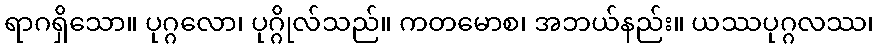
ရာဂရှိသော။ ပုဂ္ဂလော၊ ပုဂ္ဂိုလ်သည်။ ကတမောစ၊ အဘယ်နည်း။ ယဿပုဂ္ဂလဿ၊